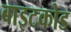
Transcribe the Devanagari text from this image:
बाइटकोड